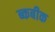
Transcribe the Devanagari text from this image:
ब्कबीक